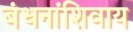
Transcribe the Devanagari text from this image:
बंधनांशिवाय